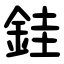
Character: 銈